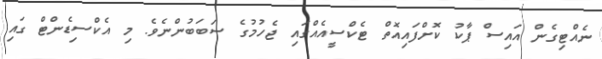
ނެއްޓިގެން އައިސް ޕާކު ކޮށްފައިއޮތް ޓެކްސީއެއްގައި ޖެހުމުގެ ސަބަބުންނެވެ. މި އެކްސިޑެންޓް ގައި